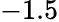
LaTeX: -1.5